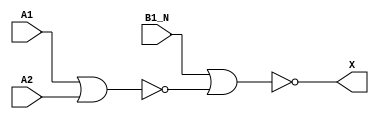
module sky130_fd_sc_lp__o21ba_3 (
    X   ,
    A1  ,
    A2  ,
    B1_N
);
    output X   ;
    input  A1  ;
    input  A2  ;
    input  B1_N;
    wire nor0_out  ;
    wire nor1_out_X;
    nor nor0 (nor0_out  , A1, A2         );
    nor nor1 (nor1_out_X, B1_N, nor0_out );
    buf buf0 (X         , nor1_out_X     );
endmodule